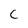
Character: C